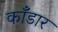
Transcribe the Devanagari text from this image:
काँडार